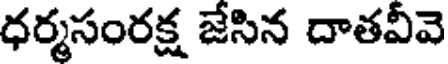
ధర్మసంరక్ష జేసిన దాతవీవె